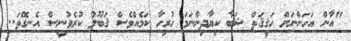
"އާން އަހަންނަށް ހަޤީޤަތް ޝަބާ ކިޔާދިންނަމަ ހުރިހާ ކަމެއްވެސް ޤަބޫލު ކުރެވުނީސް އެނގޭތަ..